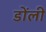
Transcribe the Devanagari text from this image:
डोंली